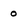
Character: o